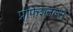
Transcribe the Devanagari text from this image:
प्रोफ़ेशनल्स